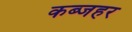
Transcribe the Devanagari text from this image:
कब्जहर